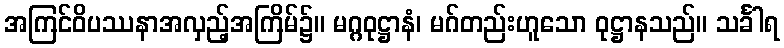
အကြင်ဝိပဿနာအလှည့်အကြိမ်၌။ မဂ္ဂဝုဋ္ဌာနံ၊ မဂ်တည်းဟူသော ဝုဋ္ဌာနသည်။ သင်္ခါရ